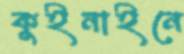
কুইনাইনে